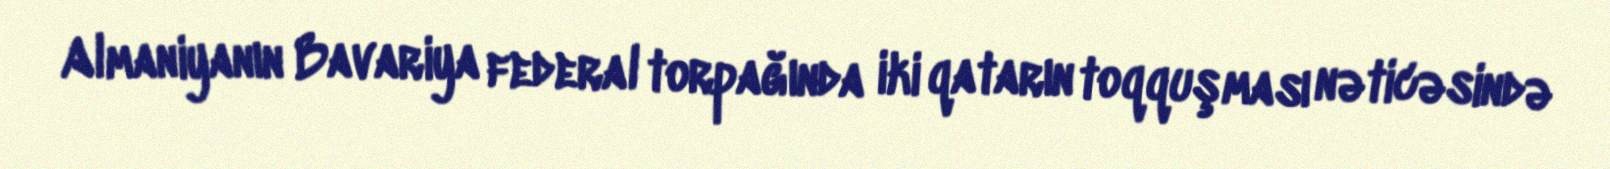
Almaniyanın Bavariya federal torpağında iki qatarın toqquşması nəticəsində